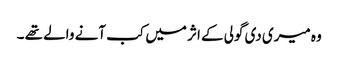
وہ میری دی گولی کے اثر میں کب آنے والے تھے ۔